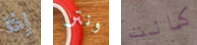
إذا ونتر كانت